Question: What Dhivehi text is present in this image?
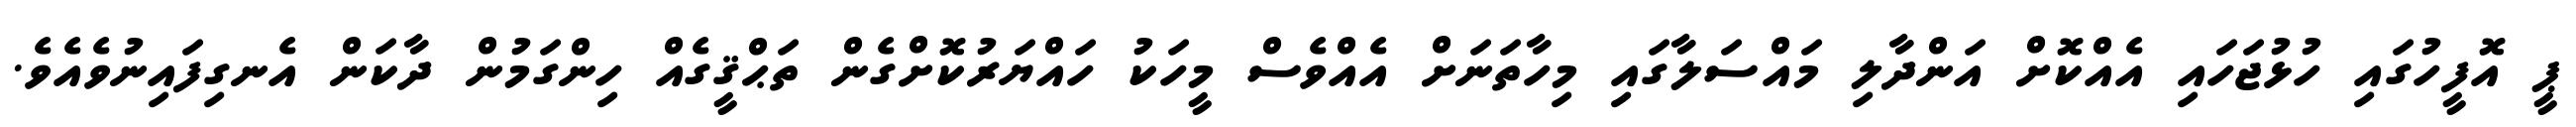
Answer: ޕީ އޮފީހުގައި ހުޅުޖަހައި އެއްކޮށް އަންދާލި މައްސަލާގައި މިހާތަނަށް އެއްވެސް މީހަކު ހައްޔަރުކޮށްގެން ތަޙްޤީގެއް ހިންގަމުން ދާކަން އެނގިފައިނުވެއެވެ.